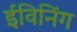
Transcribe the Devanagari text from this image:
ईविनिंग